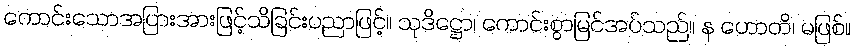
ကောင်းသောအပြားအားဖြင့်သိခြင်းပညာဖြင့်။ သုဒိဋ္ဌော၊ ကောင်းစွာမြင်အပ်သည်။ န ဟောတိ၊ မဖြစ်။